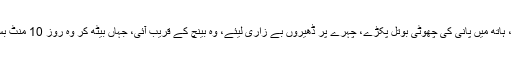
کندھے پر بیگ لٹکائے، ہاتھ میں پانی کی چھوٹی بوتل پکڑے، چہرے پر ڈھیروں بے زاری لیئے، وہ بینچ کے قریب آئی، جہاں بیٹھ کر وہ روز 10 منٹ بس کا انتظار کرتی تھی۔